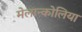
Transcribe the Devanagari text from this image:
मेलान्कोलिया